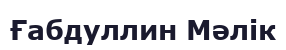
Ғабдуллин Мәлік